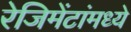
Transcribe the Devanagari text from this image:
रेजिमेंटांमध्ये